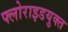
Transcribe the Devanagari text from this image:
फ्लोराइडयुक्त